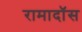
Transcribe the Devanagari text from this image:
रामादॉस